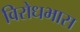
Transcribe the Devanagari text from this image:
विरोधभास